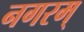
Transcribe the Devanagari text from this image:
नगरम्